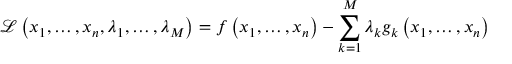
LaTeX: { \mathcal { L } } \left( x _ { 1 } , \ldots , x _ { n } , \lambda _ { 1 } , \ldots , \lambda _ { M } \right) = f \left( x _ { 1 } , \ldots , x _ { n } \right) - \sum _ { k = 1 } ^ { M } { \lambda _ { k } g _ { k } \left( x _ { 1 } , \ldots , x _ { n } \right) }